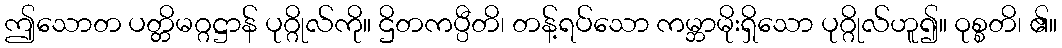
ဤသောတ ပတ္တိမဂ္ဂဋ္ဌာန် ပုဂ္ဂိုလ်ကို။ ဌိတကပ္ပီတိ၊ တန့်ရပ်သော ကမ္ဘာမိုးရှိသော ပုဂ္ဂိုလ်ဟူ၍။ ဝုစ္စတိ၊ ၏။